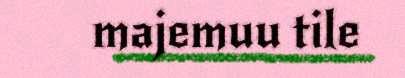
majemuu tile